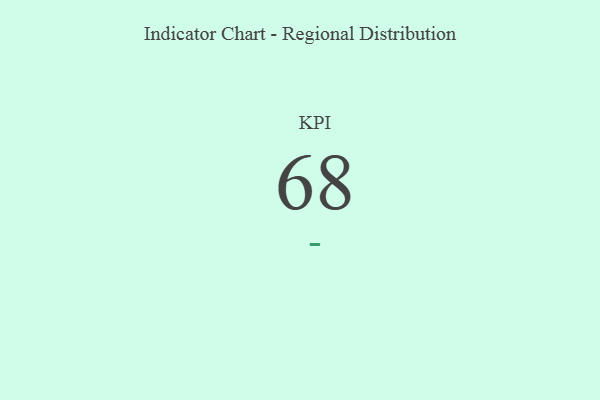
{"axis": {"x": "KPI", "y": "Value"}, "legend": [""], "data": [{"x": "KPI", "y": 68, "type": ""}]}